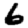
Digit: 6